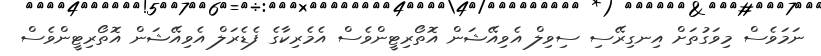
ނަމަވެސް މިވަގުތަށް އިނގިރޭސި ސިވިލް އެވިއޭޝަން އޮތޯރިޓީންވެސް އެމެރިކާގެ ފެޑެރަލް އެވިއޭޝަން އޮތޯރިޓީންވެސް